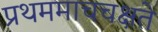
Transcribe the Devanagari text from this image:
प्रथममाचचक्षते